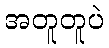
အတူတူပဲ